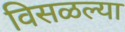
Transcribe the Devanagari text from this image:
विसळल्या